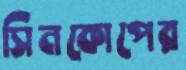
সিনকোপের